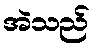
အဲသည်